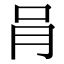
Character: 肙